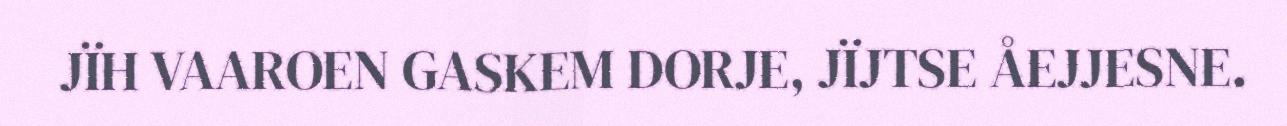
JÏH VAAROEN GASKEM DORJE, JÏJTSE ÅEJJESNE.